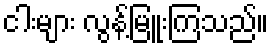
ငါးများ လွန့်မြူးကြသည်။